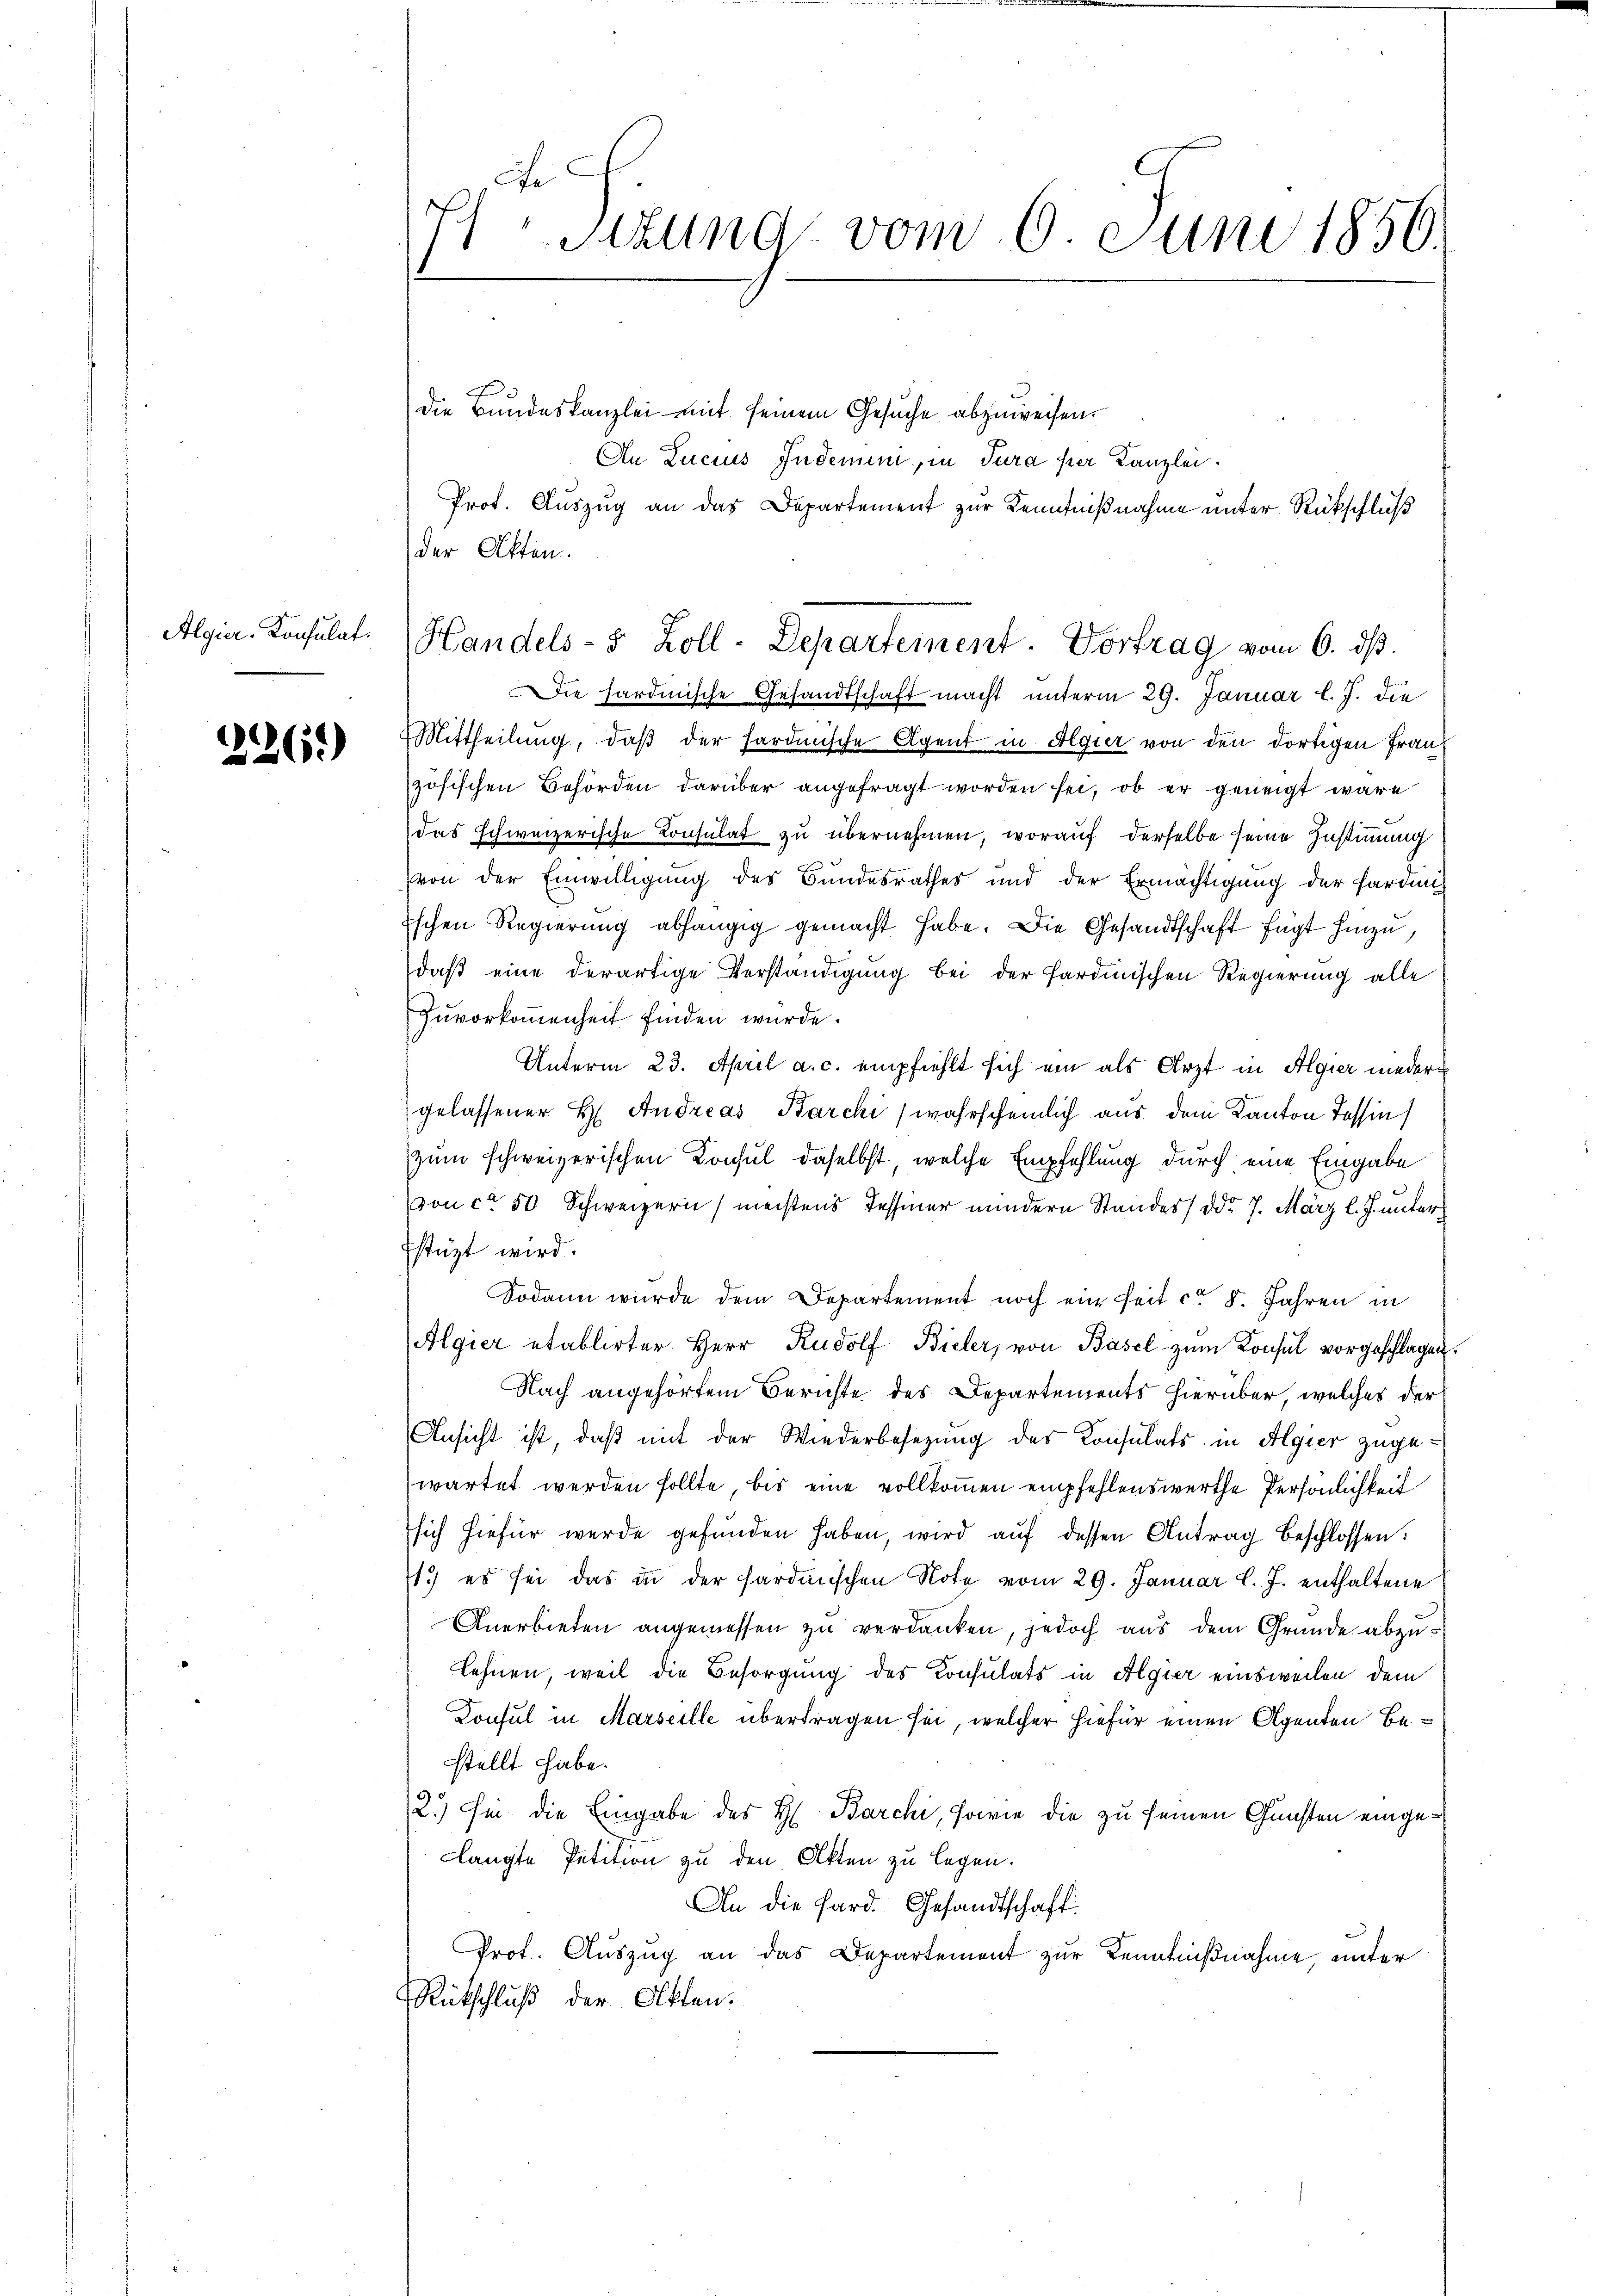
Algier-Konsulat

)
6

Fe
7 Sizung vom 6. Juni 1856.

die Bundeskanzlei mit seinem Gesuche abzuweisen.
An Lucius Indemie, in Jura per Kanzlei.
Prot. Auszug an das Departement zur Kenntnißnahme unter Rückschluß
der Akten.
Die hardinische Gesandtschaft macht unterm 29. Januar l. J. die
Mittheilung, daβ der sardinische Agent in Algier von den dortigen Frauzösischen Behörden darüber angefragt worden sei, ob er geneigt wäre
das schweizerische Consulat zu übernehmen, worauf derselbe seine Zustimmung
von der Einwilligung des Bundesrathes und der Ermächtigung der Pardin
Eschen Regierung abhängig gemacht habe. Die Gesandtschaft fügt hinzu,
daß eine derartige Verständigung bei der Sardinischen Regierung alle
Zuvorkommenheit finden wurde.
Unterm 23. April a. c. empfiehlt sich ein als Arzt in Algier niedergelassener H. Andreas Barchi (wahrscheinlich aus dem Kanton Tessin
zum schweizerischen Consul daselbst, welche Empfehlung durch eine Eingabe
von ca 50 Schweizern) meistens Tessiner mindern Standes) ddo 7. März l. J. unterstüzt wird.
Sodann wurde dem Departement noch ein seit ca 8. Jahren in
Algier etablirter. Herr Rudolf Bieler, von Basel zum Konsul vorgeschlagen
Nach angehörtem Berichte des Departements hierüber, welches der
Ansicht ist, daß mit der Wiederbesezung des Konsulats in Algier zugewartet werden sollte, bis eine vollkommen empfehlenswerthe Persönlichkeit
sich hiefür werde gefunden haben, wird aŭf dessen Antrag beschlossen:
1.) es sei das in der fardischen Note vom 29. Januar l. J. enthaltene
Anerbieten angemessen zu verdanken, jedoch aus dem Grunde abzulehnen, weil die Besorgung des Konsulats in Algier einsweilen, dem
Donsul in Marseille übertragen sei, welcher hiefür einen Agenten Bestellt habe.
2.) Sie die Eingabe des H. Barchi, sowie die zu seinen Gunsten eingelangte Petition zu den Akten zu legen.
An die Sard. Gesandtschaft
Prot. Auszug an das Departement zur Kenntnißnahme, unter
Rütschluß der Akten.

Handels- 5 Zoll-Departement. Vortrag vom 6. ds.